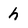
Character: h